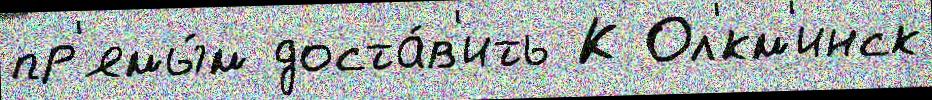
пр'ямы́м доста́в'ить К Ол'́км'инск